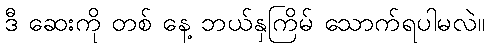
ဒီ ဆေးကို တစ် နေ့ ဘယ်နှကြိမ် သောက်ရပါမလဲ။